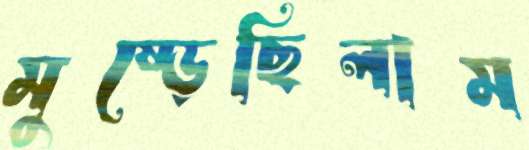
মুষ্‌ড়েছিলাম